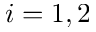
i = 1 , 2